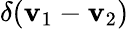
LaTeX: \delta({\mathbf{v}}_{1}-{\mathbf{v}}_{2})